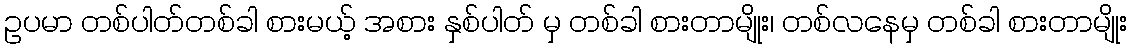
ဥပမာ တစ်ပါတ်တစ်ခါ စားမယ့် အစား နှစ်ပါတ် မှ တစ်ခါ စားတာမျိုး၊ တစ်လနေမှ တစ်ခါ စားတာမျိုး